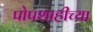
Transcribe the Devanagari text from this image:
पोपशाहीच्या